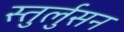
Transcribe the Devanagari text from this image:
स्तुर्लुसन